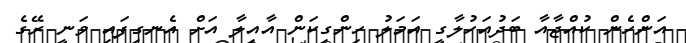
އަންހެން ކުއްޖާއާ ބަދުއަހުލާގީ އަމަލު ހިންގިކަން އާއިލާ އަށް އެނގިފައި ވަނީ ރޭގެ